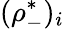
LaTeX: (\rho_{-}^{*})_{i}